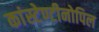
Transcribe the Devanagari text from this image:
कांस्टेण्टीनोपिल